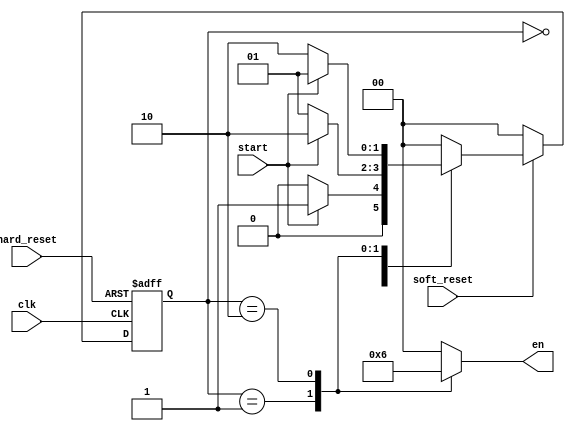
module stopwatch_fsm(
                       clk,
                       hard_reset,
                       start,
			 soft_reset,
                       en
                       );
input clk;
input hard_reset;
input start;
input soft_reset;
output reg [1:0] en;

reg [1:0] state;
reg [1:0] nextstate;

parameter T0 = 2'b00;  // base
parameter T1 = 2'b01; // count up
parameter T2 = 2'b10; // stop

// state registor 
always@(posedge clk or negedge hard_reset) begin
  if(~hard_reset) state <= T0;
  else state <= nextstate;
  end
  
 // next state logic 
 always@(state or start or soft_reset) begin
    if(~soft_reset)
      nextstate = T0;
    else begin
      case (state)
        T0 : if (start) nextstate = T1;
             else nextstate = T0;
        T1 : if(start) nextstate=T2;
             else nextstate = T1;
        T2 : if(start) nextstate=T1;
             else nextstate = T2;
      default : nextstate = T0;
    endcase
  end
end

// output logic
always@(state)begin
  case (state)
    T1: en = T1;
    T2 : en = T2;
    default : en =T0;
  endcase 
end
endmodule